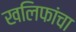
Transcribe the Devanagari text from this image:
खलिफांचा